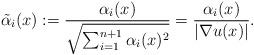
LaTeX: \begin{align*}\tilde{\alpha}_i(x):=\frac{\alpha_i(x)}{\sqrt{\sum_{i=1}^{n+1}\alpha_i(x)^2}}=\frac{\alpha_i(x)}{|\nabla u(x)|}.\end{align*}